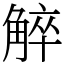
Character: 䚝